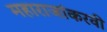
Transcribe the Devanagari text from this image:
महाराजांकरवी